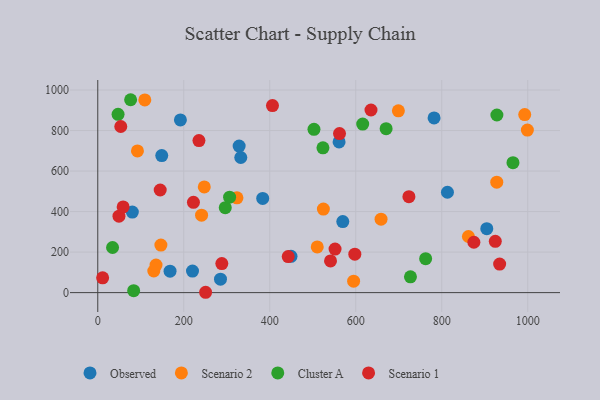
{"axis": {"x": "Study Hours", "y": "Demand"}, "legend": ["Cluster A", "Observed", "Scenario 1", "Scenario 2"], "data": [{"x": "148.8", "y": 676.3, "type": "Observed"}, {"x": "569.8", "y": 350.6, "type": "Observed"}, {"x": "285.4", "y": 66.2, "type": "Observed"}, {"x": "383.6", "y": 465.0, "type": "Observed"}, {"x": "561.2", "y": 744.0, "type": "Observed"}, {"x": "813.2", "y": 495.5, "type": "Observed"}, {"x": "220.3", "y": 106.4, "type": "Observed"}, {"x": "328.8", "y": 723.3, "type": "Observed"}, {"x": "80.4", "y": 397.7, "type": "Observed"}, {"x": "332.6", "y": 667.0, "type": "Observed"}, {"x": "904.7", "y": 315.8, "type": "Observed"}, {"x": "192.2", "y": 852.2, "type": "Observed"}, {"x": "782.1", "y": 862.5, "type": "Observed"}, {"x": "449.4", "y": 178.9, "type": "Observed"}, {"x": "168.1", "y": 106.0, "type": "Observed"}, {"x": "323.7", "y": 467.9, "type": "Scenario 2"}, {"x": "992.9", "y": 878.6, "type": "Scenario 2"}, {"x": "927.9", "y": 545.3, "type": "Scenario 2"}, {"x": "130.3", "y": 106.6, "type": "Scenario 2"}, {"x": "109.4", "y": 951.2, "type": "Scenario 2"}, {"x": "595.0", "y": 56.6, "type": "Scenario 2"}, {"x": "999.1", "y": 802.4, "type": "Scenario 2"}, {"x": "510.4", "y": 225.3, "type": "Scenario 2"}, {"x": "247.7", "y": 521.9, "type": "Scenario 2"}, {"x": "658.8", "y": 362.4, "type": "Scenario 2"}, {"x": "92.3", "y": 699.4, "type": "Scenario 2"}, {"x": "135.5", "y": 136.0, "type": "Scenario 2"}, {"x": "862.0", "y": 276.9, "type": "Scenario 2"}, {"x": "699.1", "y": 897.4, "type": "Scenario 2"}, {"x": "146.8", "y": 234.8, "type": "Scenario 2"}, {"x": "524.7", "y": 412.4, "type": "Scenario 2"}, {"x": "241.4", "y": 382.4, "type": "Scenario 2"}, {"x": "83.5", "y": 9.5, "type": "Cluster A"}, {"x": "670.6", "y": 809.2, "type": "Cluster A"}, {"x": "727.2", "y": 78.0, "type": "Cluster A"}, {"x": "34.4", "y": 222.6, "type": "Cluster A"}, {"x": "76.4", "y": 952.1, "type": "Cluster A"}, {"x": "523.7", "y": 714.5, "type": "Cluster A"}, {"x": "296.5", "y": 419.1, "type": "Cluster A"}, {"x": "616.1", "y": 832.1, "type": "Cluster A"}, {"x": "306.6", "y": 471.1, "type": "Cluster A"}, {"x": "965.6", "y": 641.4, "type": "Cluster A"}, {"x": "762.5", "y": 167.4, "type": "Cluster A"}, {"x": "47.2", "y": 880.2, "type": "Cluster A"}, {"x": "928.2", "y": 876.7, "type": "Cluster A"}, {"x": "502.8", "y": 805.8, "type": "Cluster A"}, {"x": "250.8", "y": 1.7, "type": "Scenario 1"}, {"x": "235.3", "y": 750.6, "type": "Scenario 1"}, {"x": "934.6", "y": 141.1, "type": "Scenario 1"}, {"x": "874.7", "y": 248.5, "type": "Scenario 1"}, {"x": "49.3", "y": 377.4, "type": "Scenario 1"}, {"x": "442.9", "y": 178.1, "type": "Scenario 1"}, {"x": "541.3", "y": 156.3, "type": "Scenario 1"}, {"x": "59.0", "y": 422.8, "type": "Scenario 1"}, {"x": "222.5", "y": 445.5, "type": "Scenario 1"}, {"x": "551.8", "y": 214.7, "type": "Scenario 1"}, {"x": "723.6", "y": 473.8, "type": "Scenario 1"}, {"x": "597.8", "y": 189.8, "type": "Scenario 1"}, {"x": "288.5", "y": 143.3, "type": "Scenario 1"}, {"x": "924.5", "y": 253.3, "type": "Scenario 1"}, {"x": "145.2", "y": 506.6, "type": "Scenario 1"}, {"x": "53.5", "y": 819.9, "type": "Scenario 1"}, {"x": "406.3", "y": 923.2, "type": "Scenario 1"}, {"x": "635.4", "y": 901.5, "type": "Scenario 1"}, {"x": "562.2", "y": 785.0, "type": "Scenario 1"}, {"x": "11.3", "y": 72.9, "type": "Scenario 1"}]}